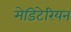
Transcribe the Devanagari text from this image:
मेडिटेरियन